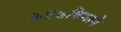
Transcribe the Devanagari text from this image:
७४७विमाने